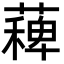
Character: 薭